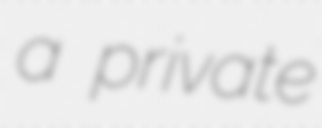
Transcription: a private